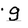
Character: g